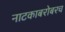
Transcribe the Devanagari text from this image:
नाटकाबरोबरच